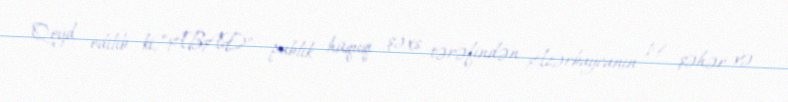
Qeyd edilib ki, “ABAD” publik hüquqi şəxs tərəfindən Azərbaycanın 19 şəhər və